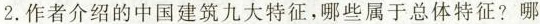
2.作者介绍的中国建筑九大特征，哪些属于总体特征?哪